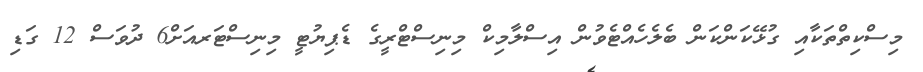
މިސްކިތްތަކާއި ގުޅޭކަންކަން ބެލެހެއްޓެވުން އިސްލާމިކް މިނިސްޓްރީގެ ޑެޕިޔުޓީ މިނިސްޓަރއަށް6 ދުވަސް 12 ގަޑި